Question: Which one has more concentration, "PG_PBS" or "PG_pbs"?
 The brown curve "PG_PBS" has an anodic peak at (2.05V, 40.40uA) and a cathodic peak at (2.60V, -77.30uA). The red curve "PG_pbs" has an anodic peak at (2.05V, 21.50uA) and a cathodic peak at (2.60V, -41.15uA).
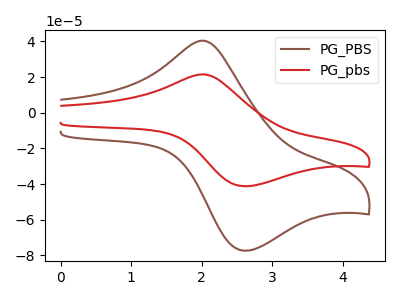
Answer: <think>All the peaks in "PG_PBS" have a peak in "PG_pbs" at the same potential. Every peak in "PG_PBS" is higher than every peak in "PG_pbs".
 </think>
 <answer>"PG_PBS" has more signal than "PG_pbs" and so likely has a higher concentration.</answer>
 <eval>more_concentration</eval>